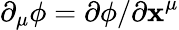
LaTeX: \partial_{\mu}\phi=\partial\phi/\partial\mathbf{x}^{\mu}